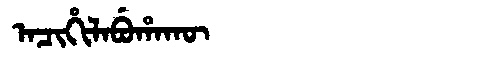
Manchu: ᠠᠴᡳᡥᡳᠯᠠᠪᡠᡥᠠᡴᡡ
Romanization: ACIHILABUHAKŪ